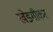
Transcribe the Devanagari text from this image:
खेडगीकर